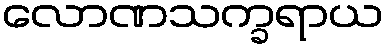
လောဏသက္ခရာယ